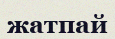
жатпай